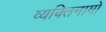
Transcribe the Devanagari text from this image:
व्यक्‍तिनामों